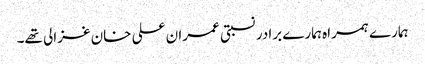
ہمارے ہمراہ ہمارے برادر نسبتی عمران علی خان غزالی تھے۔